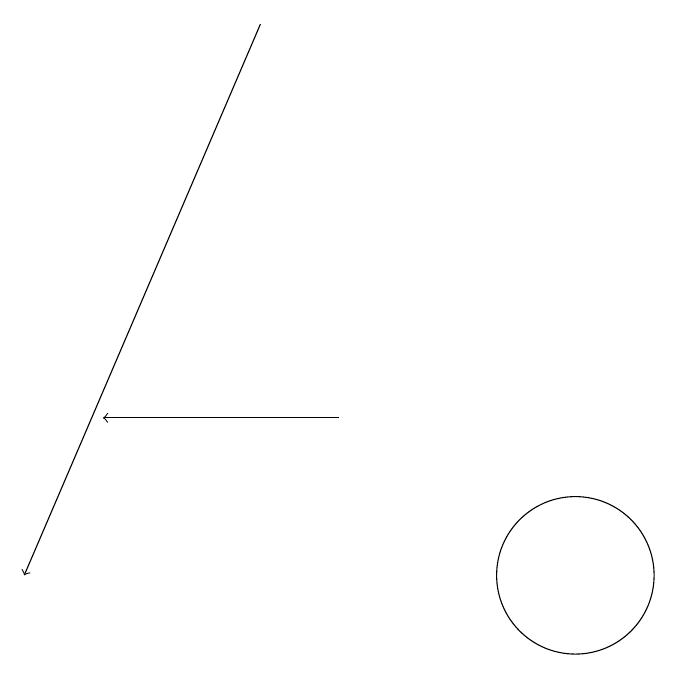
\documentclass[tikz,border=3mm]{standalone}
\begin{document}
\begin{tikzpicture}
\draw[->] (6,17) -- (3,10);
\draw (10,10) circle (1);
\draw[->] (7,12) -- (4,12);
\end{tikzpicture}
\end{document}